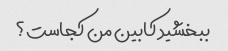
ببخشید کابین من کجاست؟